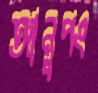
আনুপং